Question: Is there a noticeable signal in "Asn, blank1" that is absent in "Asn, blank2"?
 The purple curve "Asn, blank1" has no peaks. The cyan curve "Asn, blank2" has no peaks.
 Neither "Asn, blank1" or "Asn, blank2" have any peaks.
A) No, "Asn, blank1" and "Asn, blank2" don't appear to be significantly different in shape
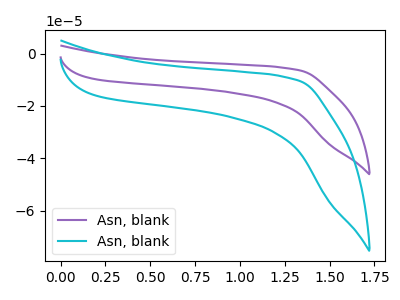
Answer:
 <answer>A) No, "Asn, blank1" and "Asn, blank2" don't appear to be significantly different in shape</answer>
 <eval>A</eval>